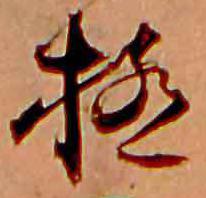
極